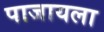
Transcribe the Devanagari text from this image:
पाजायला